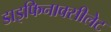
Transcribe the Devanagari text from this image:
डाइफिनाक्सीलेट